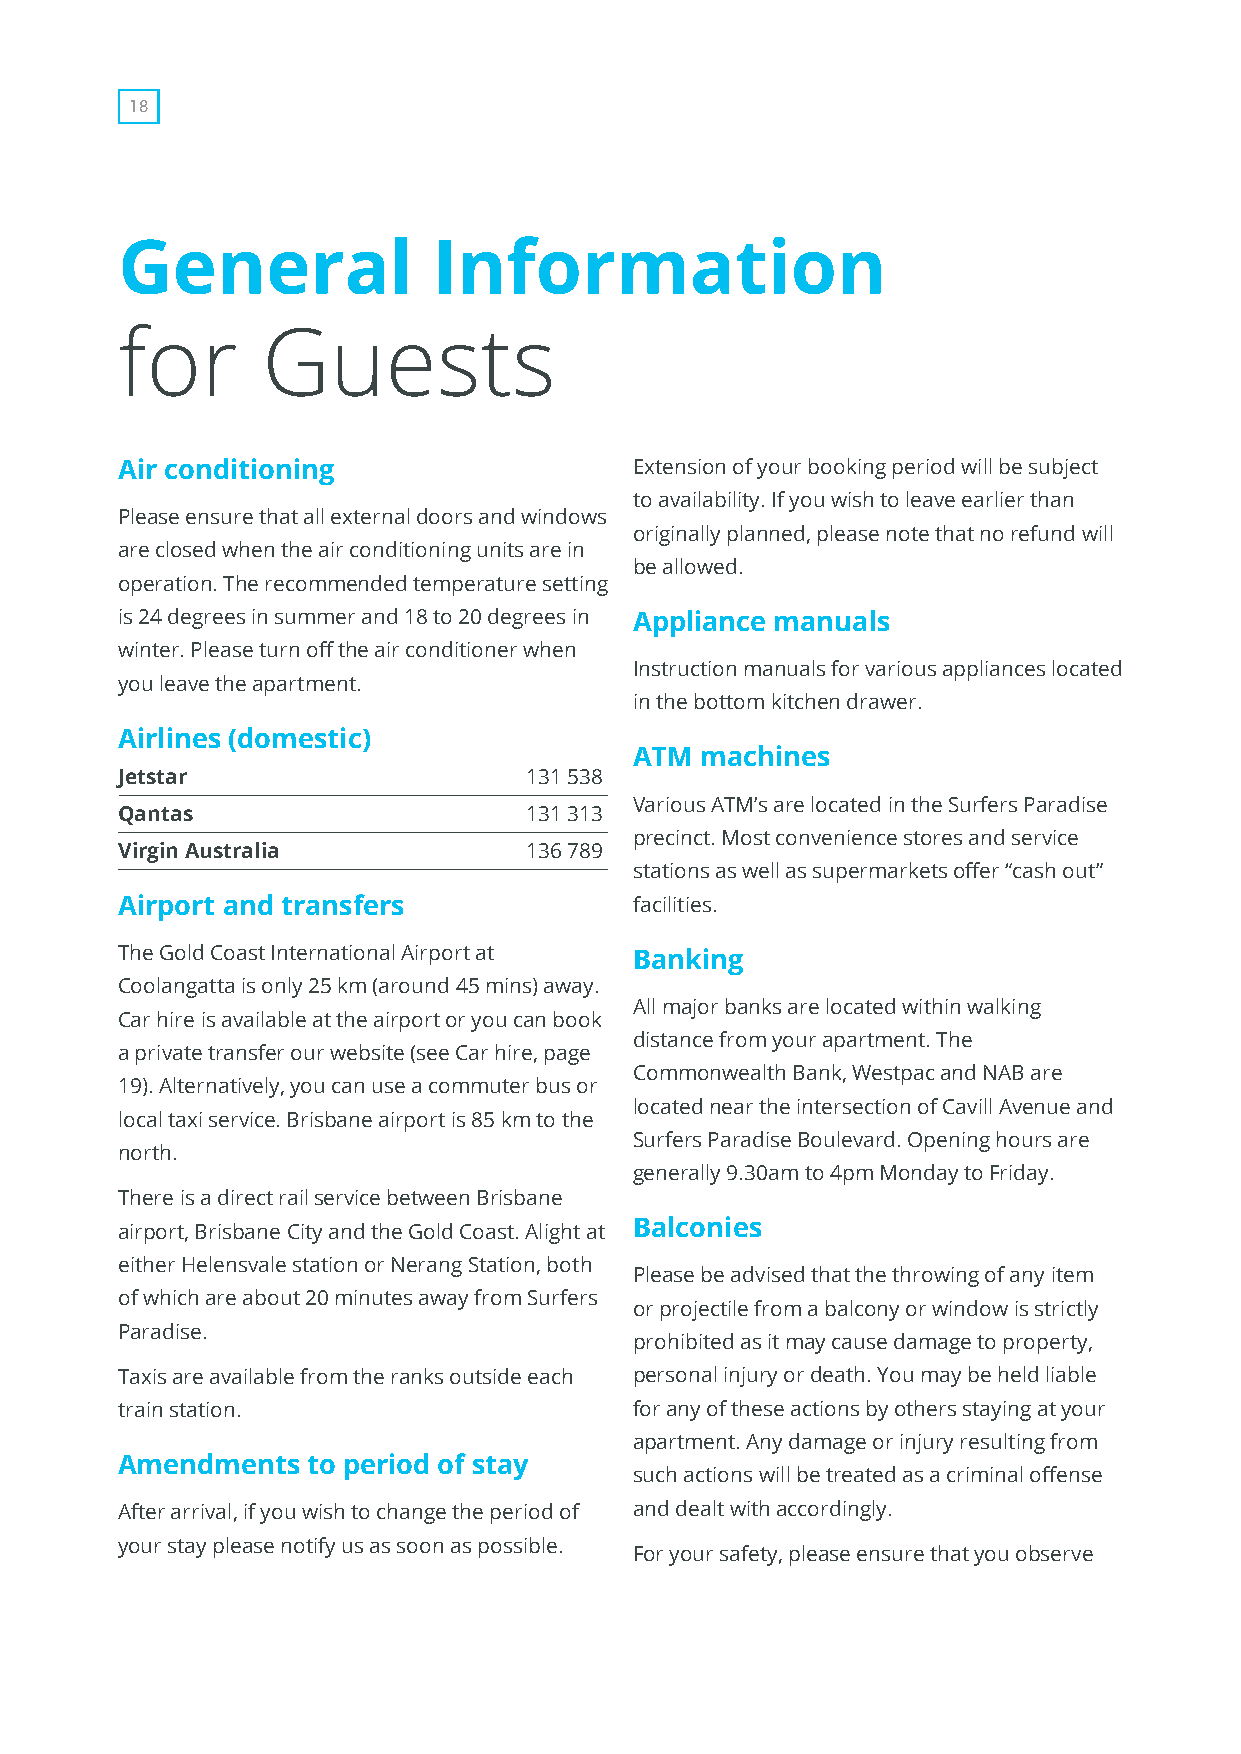
18
 General              Information
 for      Guests
 Air conditioning                  Extension of your booking period will be subject
 to availability. If you wish to leave earlier than
 Please ensure that all external doors and windows
 originally planned, please note that no refund will
 are closed when the air conditioning units are in
 be allowed.
 operation. The recommended temperature setting
 is 24 degrees in summer and 18 to 20 degrees in Appliance manuals
 winter. Please turn off the air conditioner when
 Instruction manuals for various appliances located
 you leave the apartment.
 in the bottom kitchen drawer.
 Airlines (domestic)
 ATM machines
 Jetstar                    131 538
 Various ATM’s are located in the Surfers Paradise
 Qantas                     131 313
 precinct. Most convenience stores and service
 Virgin Australia           136 789
 stations as well as supermarkets offer “cash out”
 Airport and transfers             facilities.
 The Gold Coast International Airport at Banking
 Coolangatta is only 25 km (around 45 mins) away.
 All major banks are located within walking
 Car hire is available at the airport or you can book
 distance from your apartment. The
 a private transfer our website (see Car hire, page
 Commonwealth Bank, Westpac and NAB are
 19). Alternatively, you can use a commuter bus or
 located near the intersection of Cavill Avenue and
 local taxi service. Brisbane airport is 85 km to the
 Surfers Paradise Boulevard. Opening hours are
 north.
 generally 9.30am to 4pm Monday to Friday.
 There is a direct rail service between Brisbane
 airport, Brisbane City and the Gold Coast. Alight at Balconies
 either Helensvale station or Nerang Station, both
 Please be advised that the throwing of any item
 of which are about 20 minutes away from Surfers
 or projectile from a balcony or window is strictly
 Paradise.
 prohibited as it may cause damage to property,
 Taxis are available from the ranks outside each personal injury or death. You may be held liable
 train station.                    for any of these actions by others staying at your
 apartment. Any damage or injury resulting from
 Amendments  to period of stay
 such actions will be treated as a criminal offense
 After arrival, if you wish to change the period of and dealt with accordingly.
 your stay please notify us as soon as possible.
 For your safety, please ensure that you observe